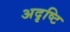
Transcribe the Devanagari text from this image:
अदृष्टि